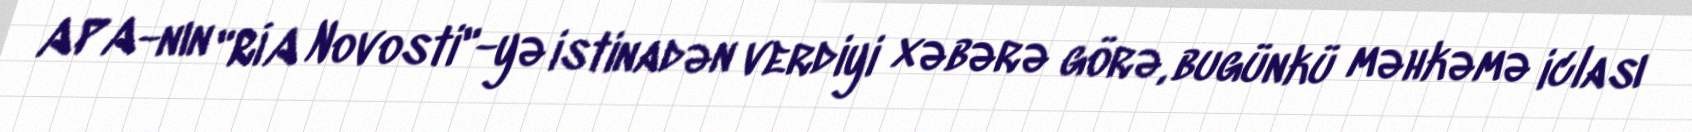
APA-nın "RİA Novosti"-yə istinadən verdiyi xəbərə görə, bugünkü məhkəmə iclası